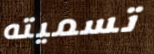
تسميته